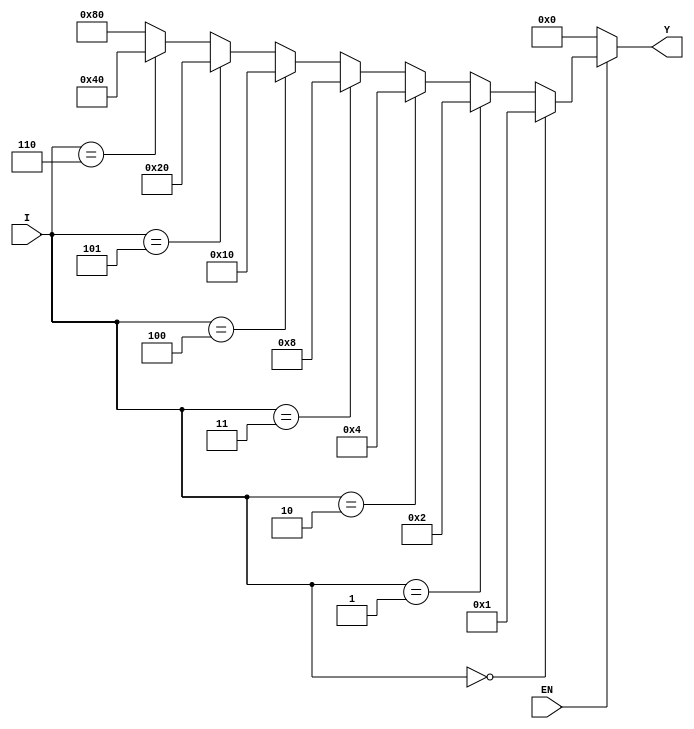
`timescale 1ns / 1ps
//////////////////////////////////////////////////////////////////////////////////
// Company: 
// Engineer: 
// 
// Design Name: 
// Module Name: demux
// Project Name: 
// Target Devices: 
// Tool Versions: 
// Description: 
// 
// Dependencies: 
// 
// Revision:
// Revision 0.01 - File Created
// Additional Comments:
// 
//////////////////////////////////////////////////////////////////////////////////


module demux(
input EN,
input [2:0] I,
output reg [7:0] Y
    );
    always @ (I, EN)
    if(EN==1)
        begin
        if (I == 3'd0) Y = 8'd1;
        else if (I==3'd1) Y = 8'd2;
        else if (I==3'd2) Y = 8'd4;
        else if (I==3'd3) Y = 8'd8;
        else if (I==3'd4) Y = 8'd16;
        else if (I==3'd5) Y = 8'd32;
        else if (I==3'd6) Y = 8'd64;
        else Y=8'd128;
        end
     else Y=0;
endmodule